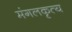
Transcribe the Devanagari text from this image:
मंगलकृत्य